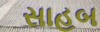
સાહબ